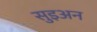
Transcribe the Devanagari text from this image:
सुइअन